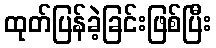
ထုတ်ပြန်ခဲ့ခြင်းဖြစ်ပြီး